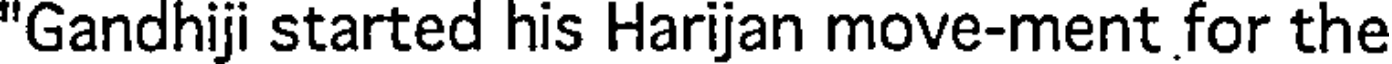
"Gandhiji started his Harijan move-ment for the